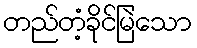
တည်တံ့ခိုင်မြဲသော